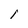
Character: I